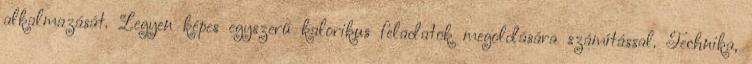
alkalmazását. Legyen képes egyszerű kalorikus feladatok megoldására számítással. Technika,